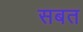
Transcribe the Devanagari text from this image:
सबत